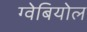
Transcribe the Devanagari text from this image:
ग्वेबियोल